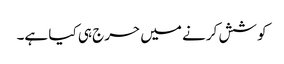
کو شش کرنے میں حرج ہی کیا ہے۔